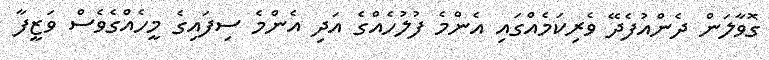
ގޮވާލަން ދެންއުފެދޭ ވެރިކަމެއްގައި އެންމެ ފުލުހެއްގެ އަދި އެންމެ ސިފައިގެ މީހެއްގެވެސް ވަޒީފާ